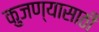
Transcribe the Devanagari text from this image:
कुजण्यासाठी